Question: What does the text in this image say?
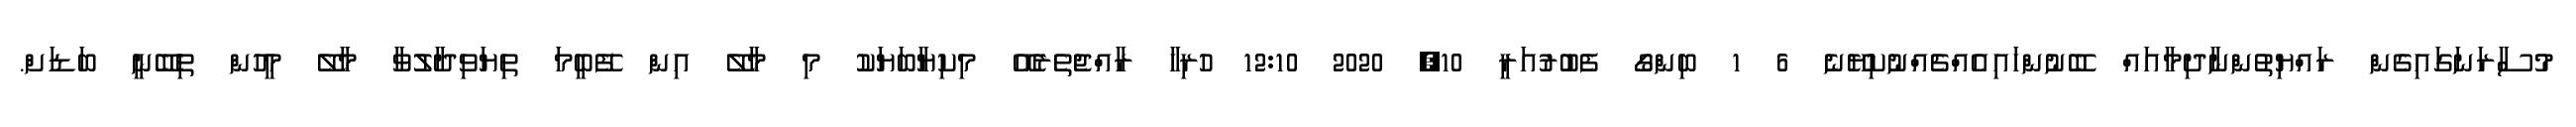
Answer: މުސާރަނަގައިގެން ރައްޔިތުންނާދިމާއައް ބޭނުންހައިއެއްޗެއްނުކިޔޭނެ 6 1 ބިންގޯ ފެބުރުއަރީ 10, 2020 12:10 ހުރިހާ ރާއްޖެތެރެއޭ މިކިޔާބަޔަކު މި މާލޭ އިން ފޭބީމަ ތިޔަވިދާލުވާ މާލޭ މީހުން ތިބޭނީ ބަޑަށް.